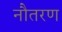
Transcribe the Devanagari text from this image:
नौतरण